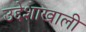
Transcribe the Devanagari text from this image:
उद्देशाखाली